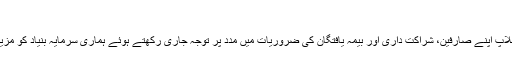
”
رابرڈ ایس کیوبن، صدر اور چیف ایگزیکٹو آفیسر میڈوبروک نے کہا کہ “فوسن کے ساتھ ملاپ اپنے صارفین، شراکت داری اور بیمہ یافتگان کی ضروریات میں مدد پر توجہ جاری رکھتے ہوئے ہماری سرمایہ بنیاد کو مزید مستحکم کرتا ہے، اور بیمہ کارکردگی کو بہتر بنا رہا اور منافع کو تحریک دے رہا ہے۔